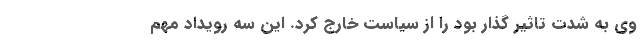
وی به شدت تاثیر گذار بود را از سیاست خارج کرد. این سه رویداد مهم